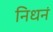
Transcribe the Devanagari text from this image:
निधनं